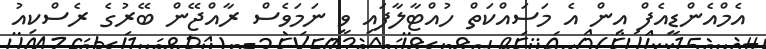
އެމްއެންޑީއެފް އިން އެ މަސައްކަތް ހުއްޓާލާފައި ވީ ނަމަވެސް ރާއްޖޭން ބޭރުގެ ރެސްކިއު